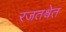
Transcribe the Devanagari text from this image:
रजतश्वेत